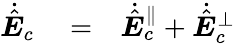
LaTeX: \begin{array}{rlr}{\dot{\hat{\boldsymbol E}}_{c}}&{{}=}&{\dot{\hat{\boldsymbol E}}_{c}^{\parallel}+\dot{\hat{\boldsymbol E}}_{c}^{\perp}}\end{array}